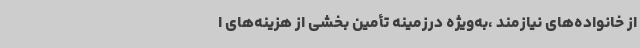
از خانواده‌های نیازمند ،به‌ویژه درزمینه تأمین بخشی از هزینه‌های ا